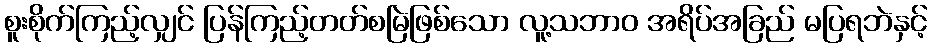
စူးစိုက်ကြည့်လျှင် ပြန်ကြည့်တတ်စမြဲဖြစ်သော လူ့သဘာဝ အရိပ်အခြည် မပြရဘဲနှင့်